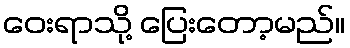
ဝေးရာသို့ ပြေးတော့မည်။